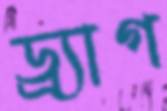
ড্র্যাগ